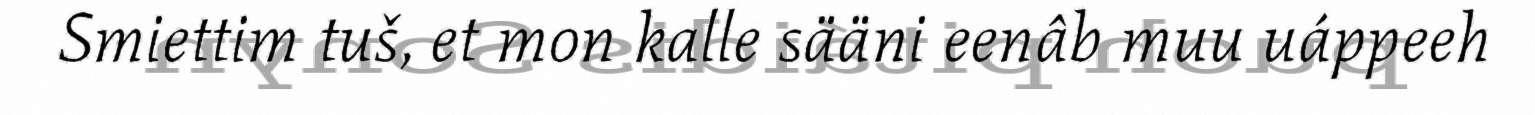
Smiettim tuš, et mon kalle sääni eenâb muu uáppeeh